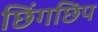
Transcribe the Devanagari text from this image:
छिंगछिप